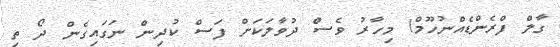
ގާލް ފްރެންޑެއްނުހޫމް! މިހާރު ވެސް ދުވާލަކަށް ފަސް ކުދިން ނަގައިގެން ދޯ ތި